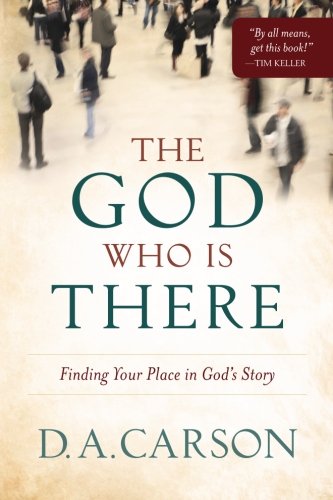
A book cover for The God Who Is There: Finding Your Place in God's Story; D. A. Carson; Christian Books & Bibles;